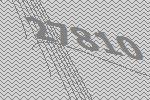
27810